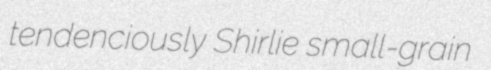
tendenciously Shirlie small-grain